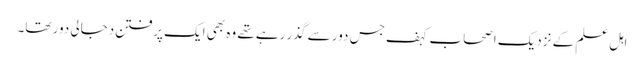
اہل علم کے نزدیک اصحاب کہف جس دور سے گذر رہے تھے وہ بھی ایک پرفتن دجالی دور تھا۔